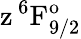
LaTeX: \mathrm{z\, ^{6}F_{9/2}^{o}}